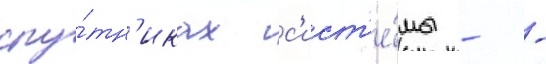
спу́тн'иках с'ист'е́мы - -